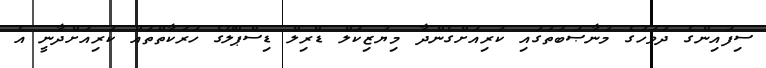
ސިފައިންގެ ދުވަހުގެ މުނާޞަބަތުގައި ކުރިއަށްގެންދާ މިޔުޒިކަލް ޑްރިލް ޑިސްޕްލޭގެ ހަރަކާތްތައް ކުރިއަށްދާނީ އެ